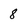
Character: 8